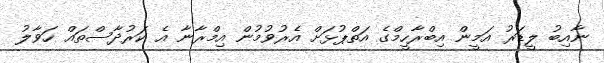
ނާއިބު ލީޑަރު އަމީން އިބްރާހީމްގެ އަތްޕުޅަށް އެރުވުމުން އިމްރާނާ އެ ކަރުދާސްތައް ހަވާލު